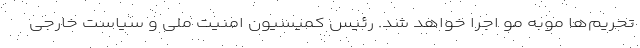
تحریم‌ها موبه مو اجرا خواهد شد. رئیس کمیسیون امنیت ملی و سیاست خارجی